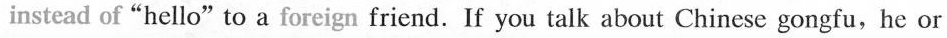
insteadofhellotoaforeignfriendIfyoutalkaboutChinesegongfuheor